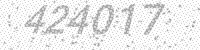
Solution: 424017